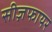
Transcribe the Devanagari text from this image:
सीज़फायर